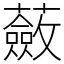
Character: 蘞